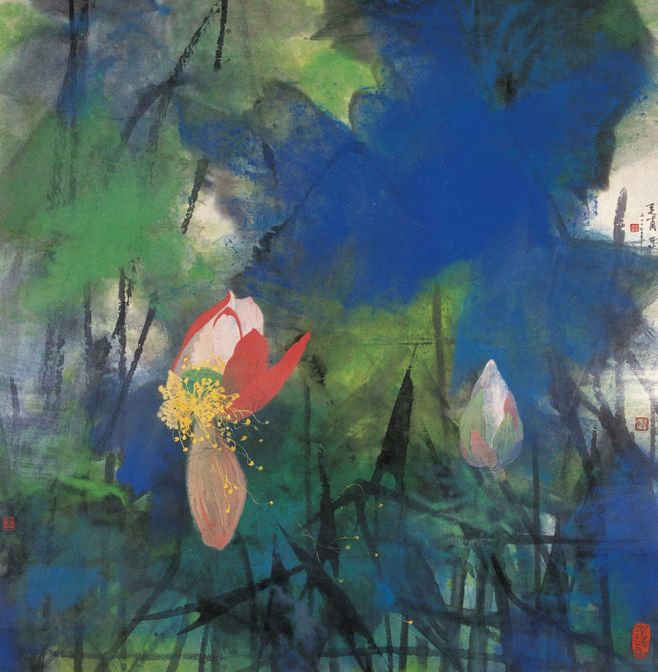
艳妆临水最相宜。风来吹绣漪。